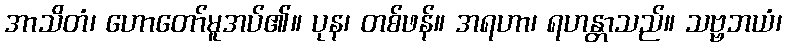
အာသိတံ၊ ဟောတော်မူအပ်၏။ ပုန၊ တစ်ဖန်။ အရဟာ၊ ရဟန္တာသည်။ သဗ္ဗဘယံ၊